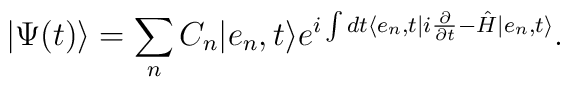
\vert \Psi (t) \rangle = \sum_{n} C_n \vert e_n , t \rangle e^{i \int dt \langle e_n, t \vert i \frac{\partial}{\partial t} - \hat{H} \vert e_n, t \rangle }.